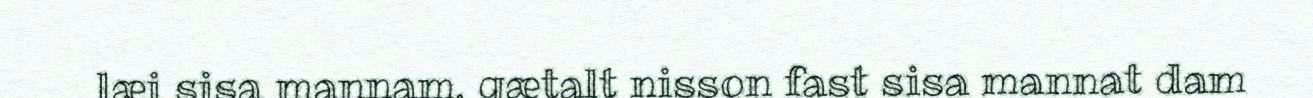
læi sisa mannam, gætalt nisson fast sisa mannat dam